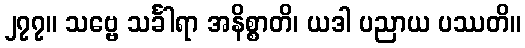
၂၇၇။ သဗ္ဗေ သင်္ခါရာ အနိစ္စာတိ၊ ယဒါ ပညာယ ပဿတိ။